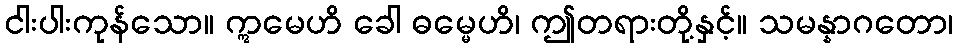
ငါးပါးကုန်သော။ ဣမေဟိ ခေါ ဓမ္မေဟိ၊ ဤတရားတို့နှင့်။ သမန္နာဂတော၊